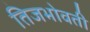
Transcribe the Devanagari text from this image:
तिजभोवती